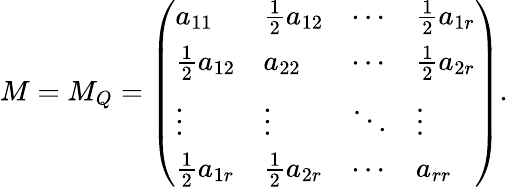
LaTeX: M=M_{Q}=\left(\begin{array}{llll}{a_{11}}&{\frac{1}{2}a_{12}}&{\cdots}&{\frac{1}{2}a_{1r}}\\ {\frac{1}{2}a_{12}}&{a_{22}}&{\cdots}&{\frac{1}{2}a_{2r}}\\ {\vdots}&{\vdots}&{\ddots}&{\vdots}\\ {\frac{1}{2}a_{1r}}&{\frac{1}{2}a_{2r}}&{\cdots}&{a_{rr}}\end{array}\right).